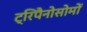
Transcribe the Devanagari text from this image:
ट्रिपैनोसोमों